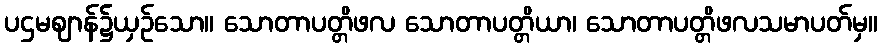
ပဌမဈာန်၌ယှဉ်သော။ သောတာပတ္တိဖလ သောတာပတ္တိယာ၊ သောတာပတ္တိဖလသမာပတ်မှ။